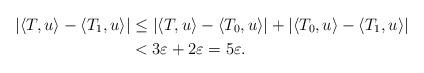
LaTeX: \begin{align*} |\langle T, u\rangle - \langle T_1, u \rangle| &\le |\langle T, u\rangle - \langle T_0, u \rangle| + |\langle T_0, u\rangle - \langle T_1, u \rangle| \\ &< 3\varepsilon + 2\varepsilon = 5\varepsilon. \end{align*}